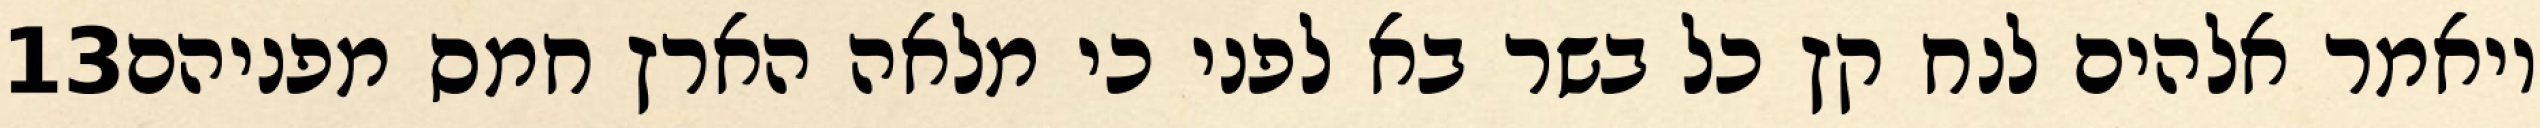
‎13‏ ויאמר אלהים לנח קץ כל בשר בא לפני כי מלאה הארץ חמס מפניהם